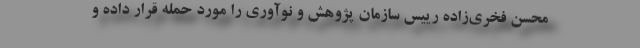
محسن فخری‌زاده رییس سازمان پژوهش و نوآوری را مورد حمله قرار داده و